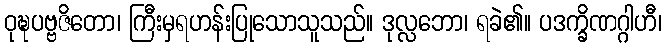
ဝုဍ္ဎပဗ္ဗဇိတော၊ ကြီးမှရဟန်းပြုသောသူသည်။ ဒုလ္လဘော၊ ရခဲ၏။ ပဒက္ခိဏဂ္ဂါဟီ၊